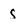
Character: S